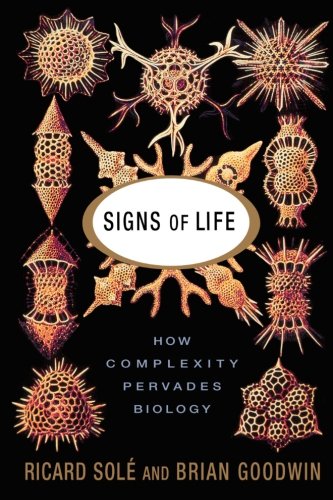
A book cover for Signs Of Life: How Complexity Pervades Biology; Ricard Sole; Science & Math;